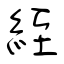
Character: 絰